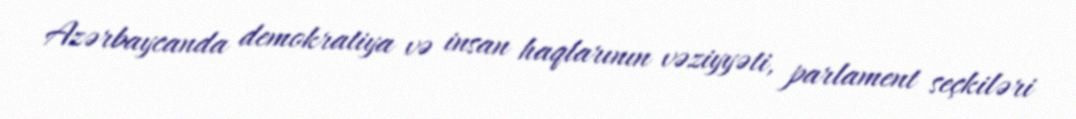
Azərbaycanda demokratiya və insan haqlarının vəziyyəti, parlament seçkiləri